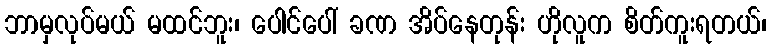
ဘာမှလုပ်မယ် မထင်ဘူး၊ ပေါင်ပေါ် ခဏ အိပ်နေတုန်း ဟိုလူက စိတ်ကူးရတယ်၊